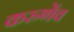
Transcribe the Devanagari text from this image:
करुणेंव